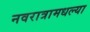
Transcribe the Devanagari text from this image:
नवरात्रामधल्या